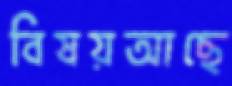
বিষয়আছে